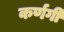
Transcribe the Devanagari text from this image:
कर्णगी